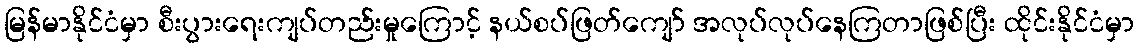
မြန်မာနိုင်ငံမှာ စီးပွားရေးကျပ်တည်းမှုကြောင့် နယ်စပ်ဖြတ်ကျော် အလုပ်လုပ်နေကြတာဖြစ်ပြီး ထိုင်းနိုင်ငံမှာ